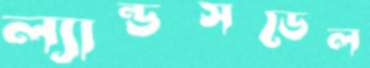
ল্যান্ডসডেল